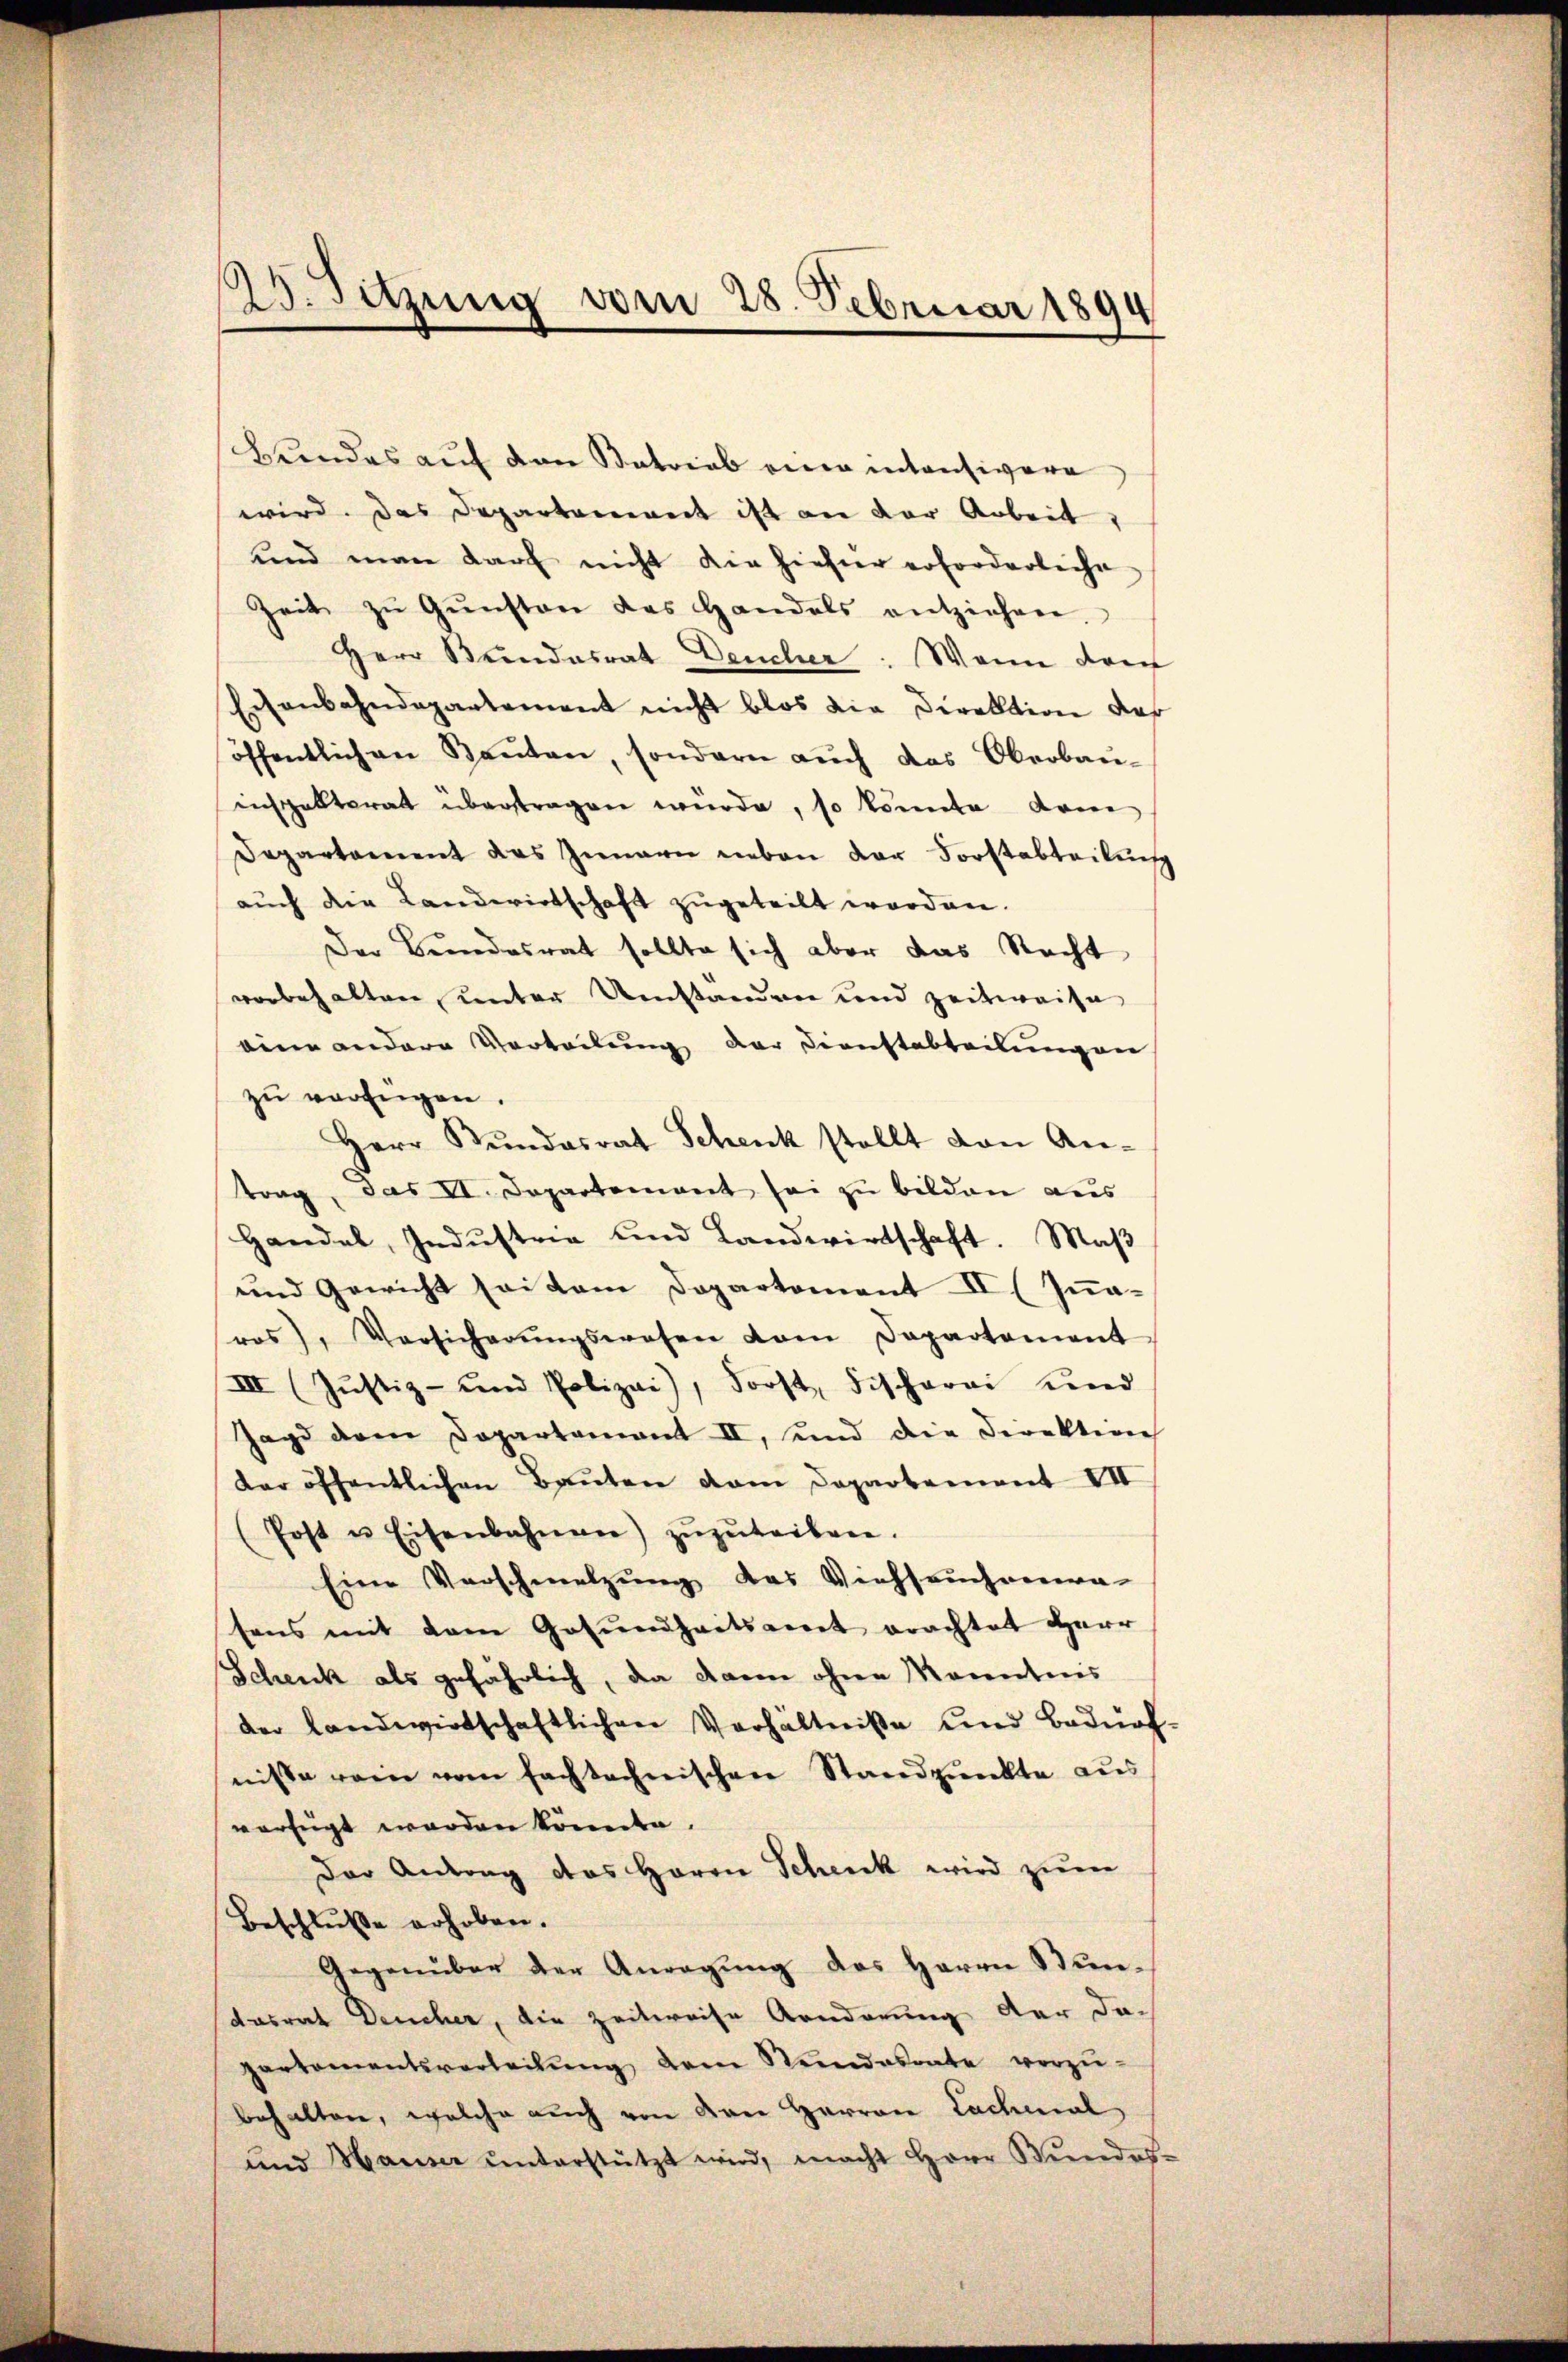
Bundes auf den Patrial eine intensivere
wird. Das Departement ist an der Arbeit,
und man darf nicht die hieher erforderliche
Zeit zŭ Gŭnsten des Handels entziehen.
Herr Bundesrat Deucher: Wenn dann
Eisenbahndepartement nicht blos die Direktion der
öffentlich an Bauten, sondern auch das Oberbau-
inspektorat übertragen würde, so könnte kom
Departement des Innern neben der Forstabteilung
aŭch die Landwirtschaft zŭgeteilt worden.
Der Bundesrat sollte sich aber das Nacht
vorbehalten, unter Umstanden und zeitweise
eine andere Verteilung der Dienstabteilungen
zŭ verfügen.
Herr Kundesrat Schenk stellt von An-
trag, das VI. Departement sei zu bilden aus
Handel, Industrie und Landwirtschaft. Maß
und Gewicht sei dem Departement II (Innaros), Versicherŭngswesen vom Departement
III (Justiz- und Polizei), Forst Fischerei und
Jagd dem Departamant II, und die Direktion
der öffentlichen Baŭten vom Departement VII
(Post u. Eisenbahnen) zŭzŭteiben.
Eine Vorschmelzung das Viehseuchama-
sens mit dem Gesundheitsamt erachtet Herr
Schenk als gefährlich, da dann ohne Kenntnis
der landwirtschaftlichen Verhältniße und Bedürf
nisse von vom fachtechnischen Standpunkte aus
verfügt werden könnte.
Der Antrag das Herrn Schenk wird zum
Beschluße erhoben.
Gegenüber der Anregung des Herrn Stundasrat Deucher, die Zeitweise Aenderung der da-
partementsverteilŭng dem Stundesrate vorzŭ-
behalten, welche auch von den Herren Lachmal
und Hauser ŭnterstützt wird, macht Herr Bŭndes-

25. Sitzung vom 28. Februar 1894